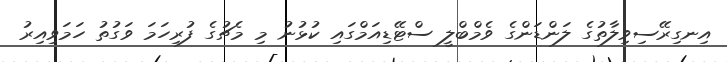
އިނގިރޭސިވިލާތުގެ ލަންޑަންގެ ވެމްބްލީ ސްޓޭޑިއަމްގައި ކުޅުނު މި މެޗުގެ ފުރިހަމަ ވަގުތު ހަމަވިއިރު